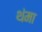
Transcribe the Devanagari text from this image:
थंमा